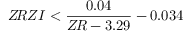
Z \! R Z I < \displaystyle { \frac { 0 . 0 4 } { Z \! R - 3 . 2 9 } } - 0 . 0 3 4